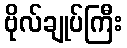
ဗိုလ်ချုပ်ကြီး